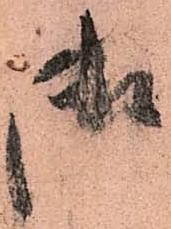
御